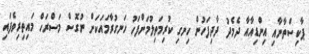
ޕާކިސްތާނާއި އިންޑިއާއާ ދެމެދު ދާދިފަހުން ހިނގި ކުރިމަތިލުމަށްފަހު ހަނގުރާމައަކަށް ނުގޮސް މަސްރަހް މައިތިރިވެފައި